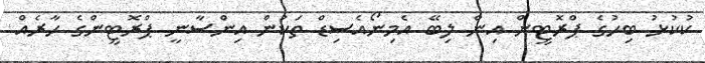
ކުކުޅު ބިހުގެ ޕްރޮޓީން އިން ލިބޭ އެމިނޯއެސިޑް ތަކުން އިންސާނީ ޕްރޮޓީންގެ ހާރެއް